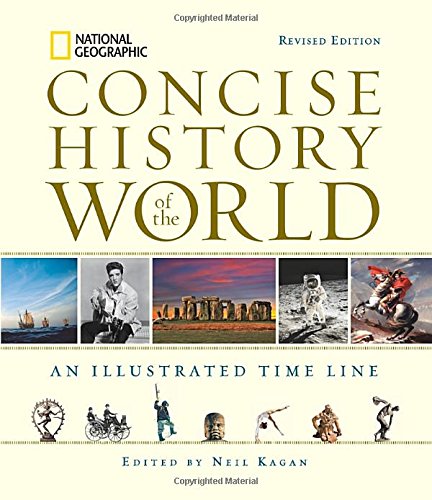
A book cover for National Geographic Concise History of the World: An Illustrated Time Line; History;